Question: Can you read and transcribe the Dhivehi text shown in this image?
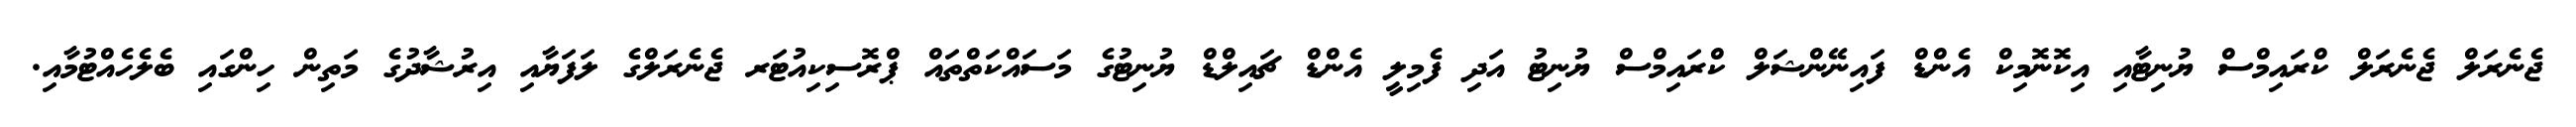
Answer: ޖެނެރަލް ޖެނެރަލް ކްރައިމްސް ޔުނިޓާއި އިކޮނޮމިކް އެންޑް ފައިނޭންޝަލް ކްރައިމްސް ޔުނިޓު އަދި ފެމިލީ އެންޑް ޗައިލްޑް ޔުނިޓުގެ މަސައްކަތްތައް ޕްރޮސިކިއުޓަރ ޖެނެރަލްގެ ލަފަޔާއި އިރުޝާދުގެ މަތިން ހިންގައި ބެލެހެއްޓުމާއި.